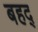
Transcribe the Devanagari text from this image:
बहद्